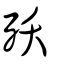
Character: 殀